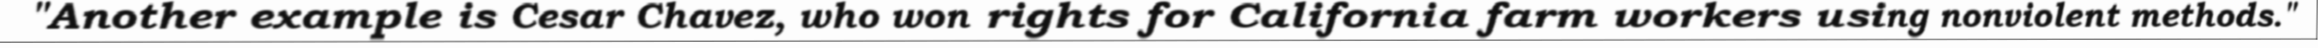
"Another example is Cesar Chavez, who won rights for California farm workers using nonviolent methods."